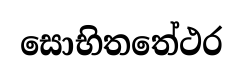
සොභිතතේථර